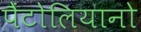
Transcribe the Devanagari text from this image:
पैंटोलियानो